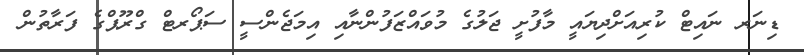
ޑިނަރ ނައިޓް ކުރިއަށްދިޔައީ މާފުށީ ޖަލުގެ މުވައްޒަފުންނާއި އިމަޖެންސީ ސަޕޯރޓް ގްރޫޕްގެ ފަރާތުން